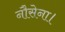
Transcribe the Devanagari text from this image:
नौसेना।